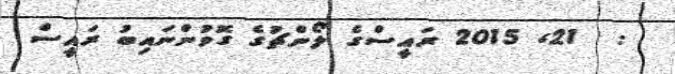
:  21